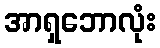
အာရှဘောလုံး